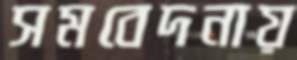
সমবেদনায়